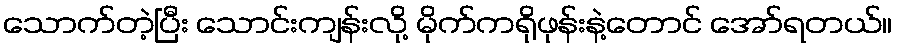
သောက်တဲ့ပြီး သောင်းကျန်းလို့ မိုက်ကရိုဖုန်းနဲ့တောင် အော်ရတယ်။